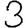
Digit: 3